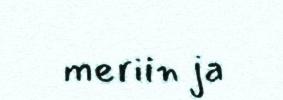
meriin ja